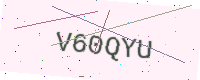
Text: V60QYU